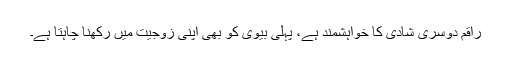
راقم دوسری شادی کا خواہشمند ہے، پہلی بیوی کو بھی اپنی زوجیت میں رکھنا چاہتا ہے۔